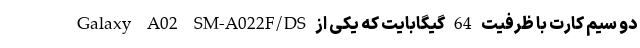
Galaxy A02 SM-A022F/DS دو سیم کارت با ظرفیت 64 گیگابایت که یکی از